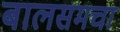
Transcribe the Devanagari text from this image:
बालसमचा